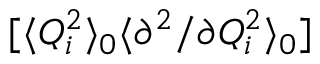
[ \langle Q _ { i } ^ { 2 } \rangle _ { 0 } \langle { \partial ^ { 2 } } / { \partial Q _ { i } ^ { 2 } } \rangle _ { 0 } ]